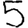
Digit: 5